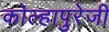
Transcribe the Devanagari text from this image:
कोल्हापुरेजी